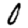
Digit: 0